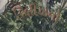
રિલીઝનો